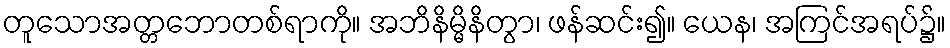
တူသောအတ္တဘောတစ်ရာကို။ အဘိနိမ္မိနိတွာ၊ ဖန်ဆင်း၍။ ယေန၊ အကြင်အရပ်၌။